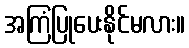
အကြံပြုပေးနိုင်မလား။